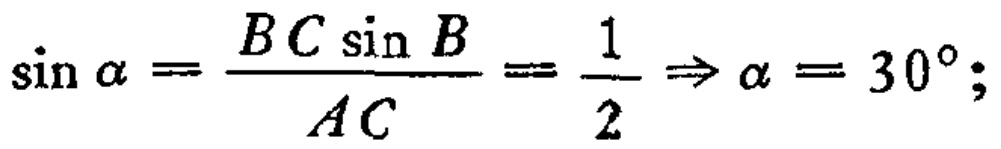
\(\sin \alpha =\frac{BC\sin B}{AC}=\frac{1}{2}\Rightarrow \alpha = 30^{\circ};\)